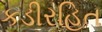
કડીરહિત